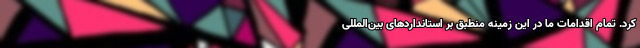
کرد. تمام اقدامات ما در این زمینه منطبق بر استانداردهای بین‌المللی